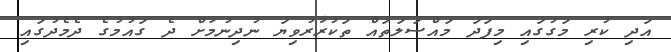
އަދި ކުރި މަގުގައި މިފަދަ މައްސަލަތައް ތަކުރާރުވިޔަ ނުދިނުމަށް ދެ ގައުމުގެ ދެމެދުގައި